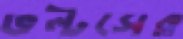
ভল্টসের